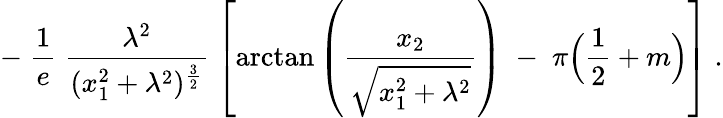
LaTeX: -\; \frac{1}{e}\; \frac{\lambda^{2}}{(x_{1}^{2}+\lambda^{2})^{\frac{3}{2}}}\; \left[\mathrm{arctan}\left(\frac{x_{2}}{\sqrt{x_{1}^{2}+\lambda^{2}}}\right)\; -\; \pi\Big(\frac{1}{2}+m\Big)\right]\; .